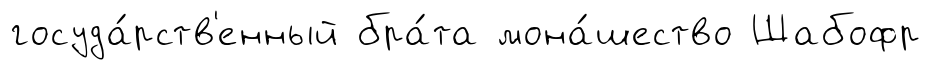
госуда́рств'енный бра́та мона́шество Шабофр